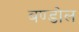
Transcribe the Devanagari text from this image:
बण्डोल